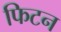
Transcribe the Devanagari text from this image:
फिटन